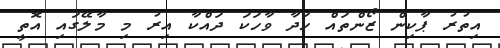
އިތުރު ޕާކިން ޒޯންތައް ހަދާ ވާހަކަ ދައްކާ އިރު މި މާލޭގައި އޮތީ